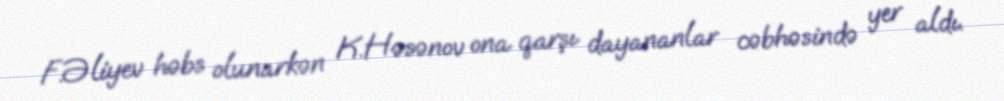
F.Əliyev həbs olunarkən K.Həsənov ona qarşı dayananlar cəbhəsində yer aldı.